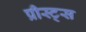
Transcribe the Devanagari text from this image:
प्रीस्ट्स